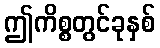
ဤကိစ္စတွင်ခုနှစ်